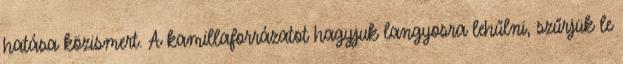
hatása közismert. A kamillaforrázatot hagyjuk langyosra lehűlni, szűrjük le